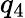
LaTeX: q_{4}